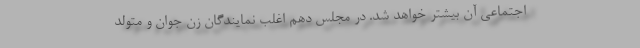
اجتماعی آن بیشتر خواهد شد. در مجلس دهم اغلب نمایندگان زن جوان و متولد